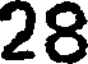
28